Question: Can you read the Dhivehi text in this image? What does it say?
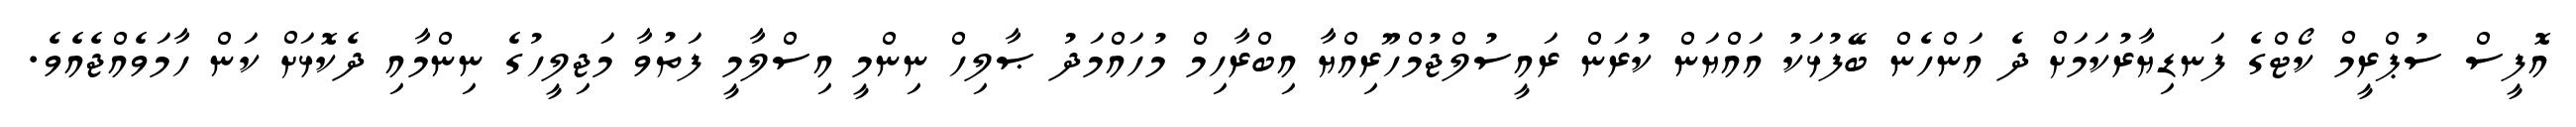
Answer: އޮފީސް ސުޕްރީމް ކޯޓްގެ ފަނޑިޔާރުކަމަށް ދެ އަންހެން ބޭފުޅަކު އައްޔަން ކުރަން ރައީސުލްޖުމްހޫރިއްޔާ އިބްރާހިމް މުހައްމަދު ޞާލިހް ނިންމީ އިސްލާމީ ފަތުވާ މަޖިލީހުގެ ނިންމާއި ދެކޮޅަށް ކަން ހާމަވެއްޖެއެވެ.